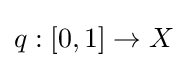
q:[0,1]\to X